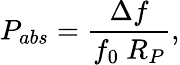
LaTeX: P_{abs}=\frac{\Delta f}{f_{0}\ R_{P}},